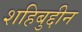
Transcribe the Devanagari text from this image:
शहिबुद्दीन